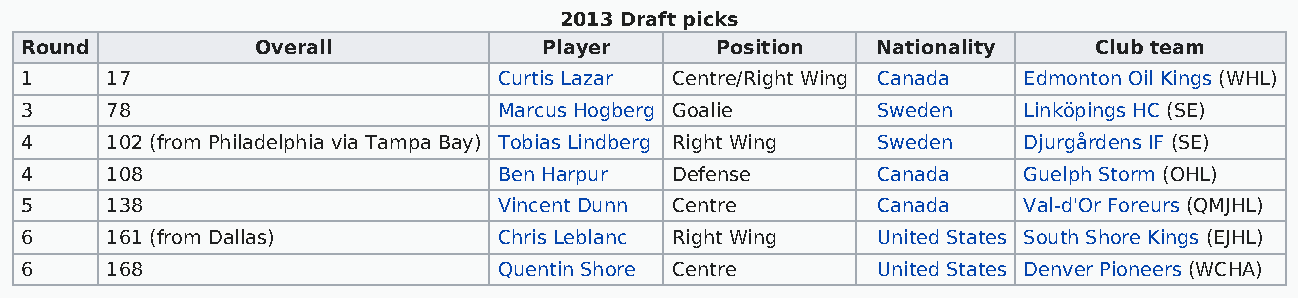
2013 Draft picks
 Round           Overall            Player     Position   Nationality    Club team
 1     17                        Curtis Lazar Centre/Right Wing Canada Edmonton Oil Kings (WHL)
 3     78                        Marcus Hogberg Goalie    Sweden    Linköpings HC (SE)
 4     102 (from Philadelphia via Tampa Bay) Tobias Lindberg Right Wing Sweden Djurgårdens IF (SE)
 4     108                       Ben Harpur Defense       Canada    Guelph Storm (OHL)
 5     138                       Vincent Dunn Centre      Canada    Val-d'Or Foreurs (QMJHL)
 6     161 (from Dallas)         Chris Leblanc Right Wing United States South Shore Kings (EJHL)
 6     168                       Quentin Shore Centre     United States Denver Pioneers (WCHA)